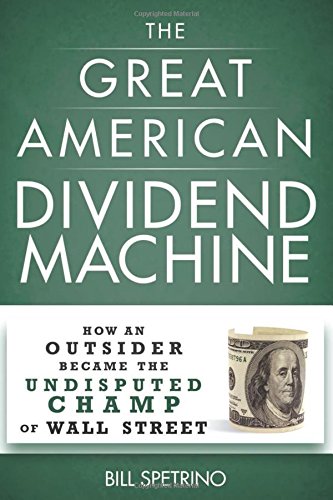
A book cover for The Great American Dividend Machine: How an Outsider Became the Undisputed Champ of Wall Street; Bill Spetrino; Business & Money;